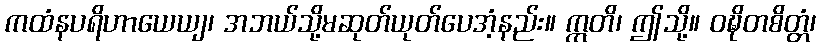
ကထံနပရိဟာယေယျ၊ အဘယ်သို့မဆုတ်ယုတ်ပေအံ့နည်း။ ဣတိ၊ ဤသို့။ ဝဍ္ဎိတစိတ္တံ၊